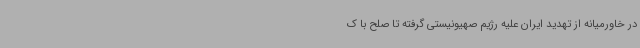
در خاورمیانه از تهدید ایران علیه رژیم صهیونیستی گرفته تا صلح با ک